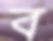
ব